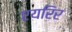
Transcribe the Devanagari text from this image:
एयरिर